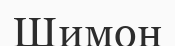
Шимон